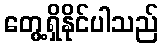
တွေ့ရှိနိုင်ပါသည်